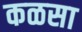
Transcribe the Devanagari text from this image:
कळसा